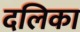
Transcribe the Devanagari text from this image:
दलिका